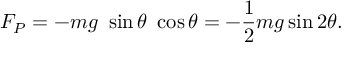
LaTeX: F _ { P } = - m g \ \sin \theta \ \cos \theta = - { \frac { 1 } { 2 } } m g \sin 2 \theta .